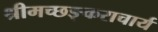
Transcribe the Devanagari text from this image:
श्रीमच्छङ्कराचार्य